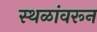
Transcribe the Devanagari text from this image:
स्थळांवरून